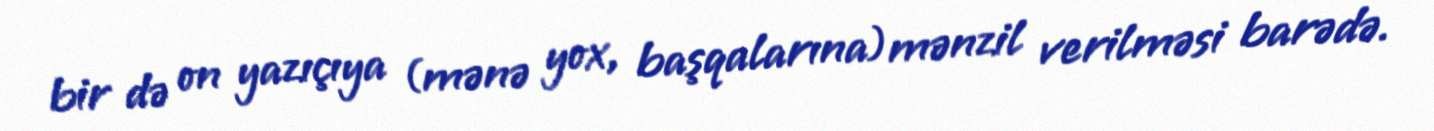
bir də on yazıçıya (mənə yox, başqalarına) mənzil verilməsi barədə.